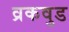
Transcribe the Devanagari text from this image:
व्रकवुड